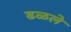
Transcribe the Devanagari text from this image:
ढळले